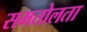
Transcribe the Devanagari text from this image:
समतोलता